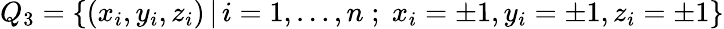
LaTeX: {Q}_{3}=\{ (x_{i},y_{i},z_{i})\, |\, i=1,\ldots,n\; ;\; x_{i}=\pm 1,y_{i}=\pm 1,z_{i}=\pm 1\}